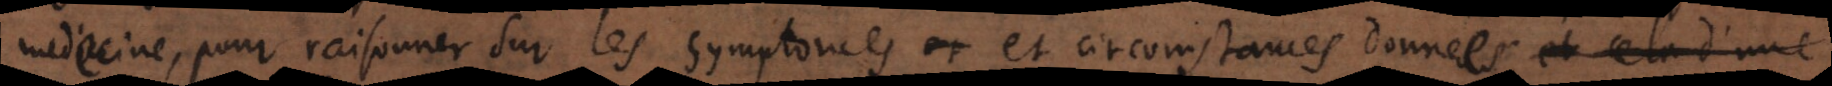
medecine, pour raisonner sur les symptomes et circomstances données et cela d’une